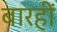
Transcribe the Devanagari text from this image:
बारहीं